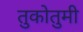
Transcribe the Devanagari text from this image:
तुकोतुमी